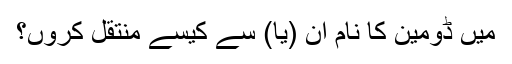
میں ڈومین کا نام ان (یا) سے کیسے منتقل کروں؟